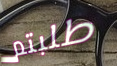
طلبتم